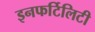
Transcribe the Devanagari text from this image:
इनफर्टिलिटी